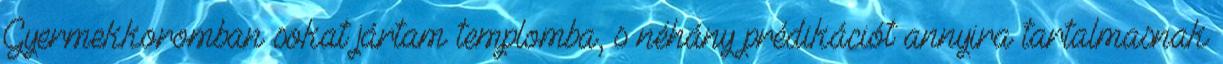
Gyermekkoromban sokat jártam templomba, s néhány prédikációt annyira tartalmasnak